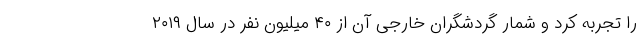
را تجربه کرد و شمار گردشگران خارجی آن از ۴۰ میلیون نفر در سال ۲۰۱۹